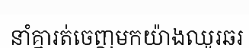
នាំគ្នារត់ចេញមកយ៉ាងឈូរឆរ